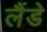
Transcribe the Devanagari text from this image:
लैंडे